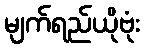
မျက်ရည်ယိုဗုံး